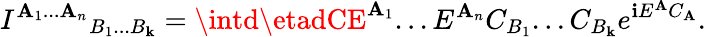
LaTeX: {I^{\mathbf{A}_{1}...\mathbf{A}_{n}}}_{B_{1}...B_{\mathbf{k}}}=\intd\etadCE^{\mathbf{A}_{1}}...E^{\mathbf{A}_{n}}C_{B_{1}}...C_{B_{\mathbf{k}}}e^{\mathbf{i}E^{\mathbf{A}}C_{\mathbf{A}}}.